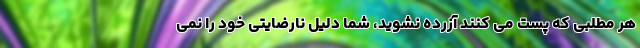
هر مطلبی که پست می کنند آزرده نشوید، شما دلیل نارضایتی خود را نمی